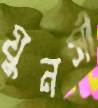
ঘুনসী